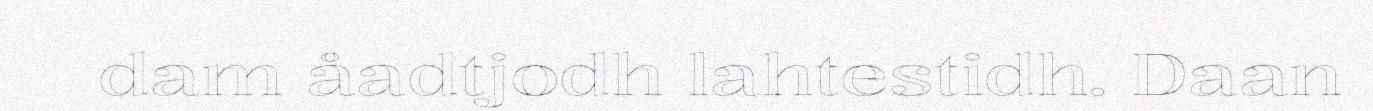
dam åadtjodh lahtestidh. Daan